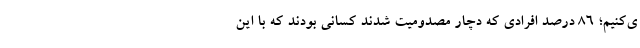
ی‌کنیم؛ 86 درصد افرادی که دچار مصدومیت شدند کسانی بودند که با این